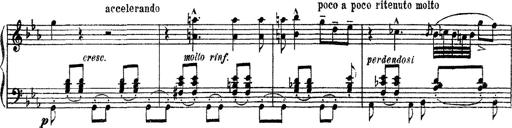
Title: Apparitions
Composer: Franz Liszt